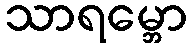
သာရမ္ဘော